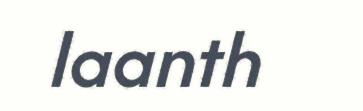
laanth